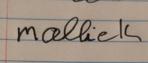
Signature authenticity: forged